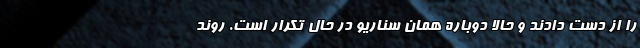
را از دست دادند و حالا دوباره همان سناریو در حال تکرار است. روند